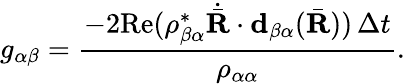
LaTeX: g_{\alpha\beta}=\frac{-2\mathrm{Re}(\rho_{\beta\alpha}^{*}\dot{\bar{\textbf{R}}}\cdot\textbf{d}_{\beta\alpha}(\bar{\textbf{R}}))\, \Delta t}{\rho_{\alpha\alpha}}.